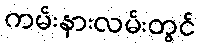
ကမ်းနားလမ်းတွင်